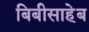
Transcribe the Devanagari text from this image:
बिबीसाहेब